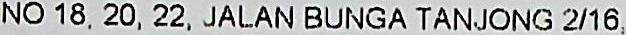
NO 18, 20, 22, JALAN BUNGA TANJONG 2/16,